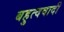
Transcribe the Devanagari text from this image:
बहुत्ववादी